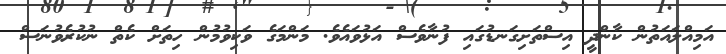
އަމިއްލައަތުން ކާންދީ އިސްތަށިގަނޑުގައި ފުނާވެސް އަޅުވައެވެ. މަންމަގެ ވަކިވުމުން ހިތަށް ކެތް ނުކުރެވުނަސް